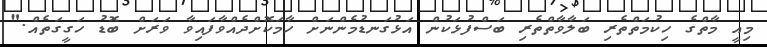
މިއީ މާތްގެ ހިކުމަތްތެރި ބަލާވާތްތެރި ބަސްފުޅަކުން އަޅުގަނޑުމެންނަށް ހާމަކޮށްދެއްވާފައިވާ ވަރަށް ބޮޑު ހަގީގަތެއް."